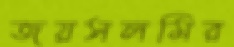
জয়সলমির